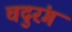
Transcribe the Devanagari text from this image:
चदुरंग